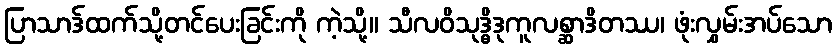
ပြာသာဒ်ထက်သို့တင်ပေးခြင်းကို ကဲ့သို့။ သီလဝိသုဒ္ဓိဒုကူလစ္ဆာဒိတဿ၊ ဖုံးလွှမ်းအပ်သော